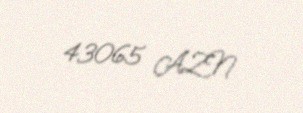
43065 AZN